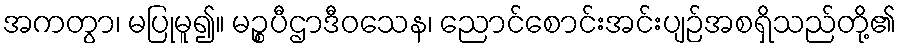
အကတွာ၊ မပြုမူ၍။ မဉ္စပီဌာဒီဝသေန၊ ညောင်စောင်းအင်းပျဉ်အစရှိသည်တို့၏